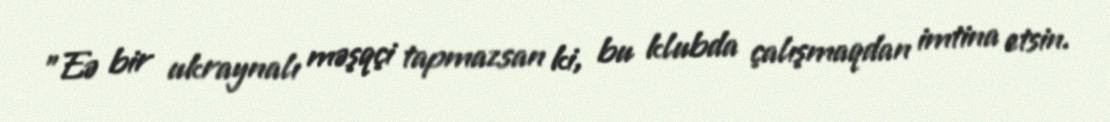
"Eə bir ukraynalı məşqçi tapmazsan ki, bu klubda çalışmaqdan imtina etsin.